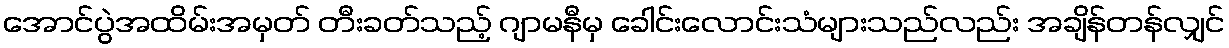
အောင်ပွဲအထိမ်းအမှတ် တီးခတ်သည့် ဂျာမနီမှ ခေါင်းလောင်းသံများသည်လည်း အချိန်တန်လျှင်